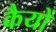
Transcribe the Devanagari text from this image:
कैयों